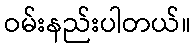
ဝမ်းနည်းပါတယ်။